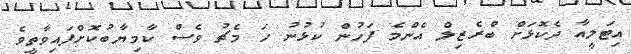
އިޓަލީއާ ދެކޮޅަށް ބްރެޒިލް އެންމެ ފަހުން ކުޅުނު ހަ މެޗު ވެސް ކާމިޔާބުކޮށްފައިވާތީވެ